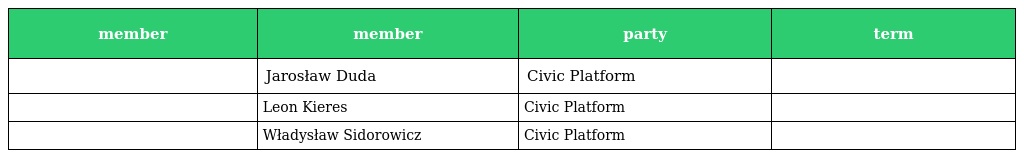
| member | member | party | term |
 | --- | --- | --- | --- |
 |  | Jarosław Duda | Civic Platform |  |
 |  | Leon Kieres | Civic Platform |  |
 |  | Władysław Sidorowicz | Civic Platform |  |